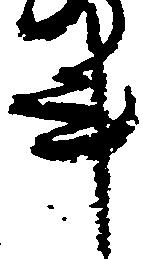
事